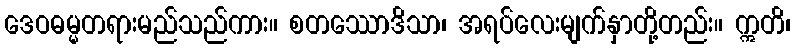
ဒေဝဓမ္မတရားမည်သည်ကား။ စတဿောဒိသာ၊ အရပ်လေးမျက်နှာတို့တည်း။ ဣတိ၊